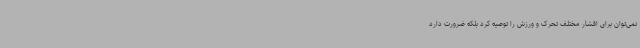
نمی‌توان برای اقشار مختلف تحرک و ورزش را توصیه کرد بلکه ضرورت دارد